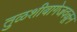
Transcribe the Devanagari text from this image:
तुळशीबागेजवळून